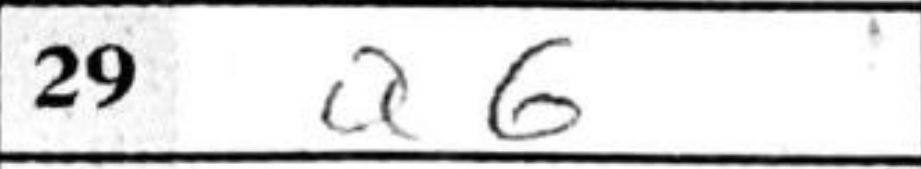
Transcription: a6